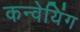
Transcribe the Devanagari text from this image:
कन्वेयिंग